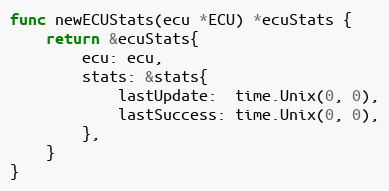
Language: Go
func newECUStats(ecu *ECU) *ecuStats {
	return &ecuStats{
		ecu: ecu,
		stats: &stats{
			lastUpdate:  time.Unix(0, 0),
			lastSuccess: time.Unix(0, 0),
		},
	}
}